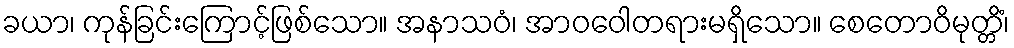
ခယာ၊ ကုန်ခြင်းကြောင့်ဖြစ်သော။ အနာသဝံ၊ အာဝဝေါတရားမရှိသော။ စေတောဝိမုတ္တိံ၊